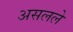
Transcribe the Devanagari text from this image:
असलले